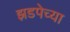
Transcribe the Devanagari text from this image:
झडपेच्या